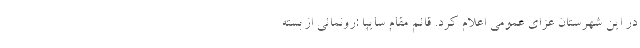
در این شهرستان عزای عمومی اعلام کرد. قائم مقام سایپا :رونمائی از بسته